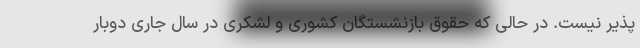
پذیر نیست. در حالی که حقوق بازنشستگان کشوری و لشکری در سال جاری دوبار